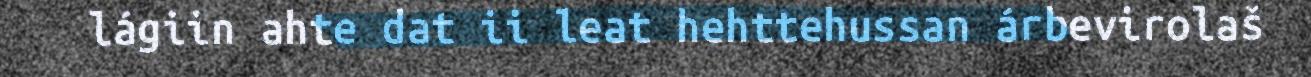
lágiin ahte dat ii leat hehttehussan árbevirolaš